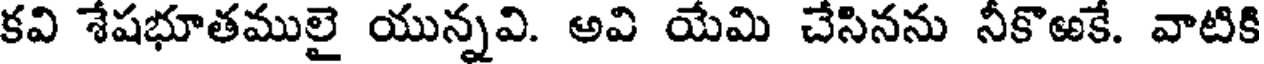
కవి శేషభూతములై యున్నవి. అవి యేమి చేసినను నీకొఱకే. వాటికి